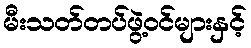
မီးသတ်တပ်ဖွဲ့ဝင်များနှင့်